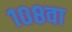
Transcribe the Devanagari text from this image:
१०८वा